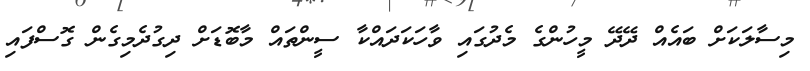
މިސާލަކަށް ބައެއް ދޭދޭ މީހުންގެ މެދުގައި ވާހަކަދައްކާ ސީންތައް މާބޮޑަށް ދިގުދެމިގެން ގޮސްފައި